Indian journal of veterinary science and animal husbandry - Volume 6,
Year: 1936
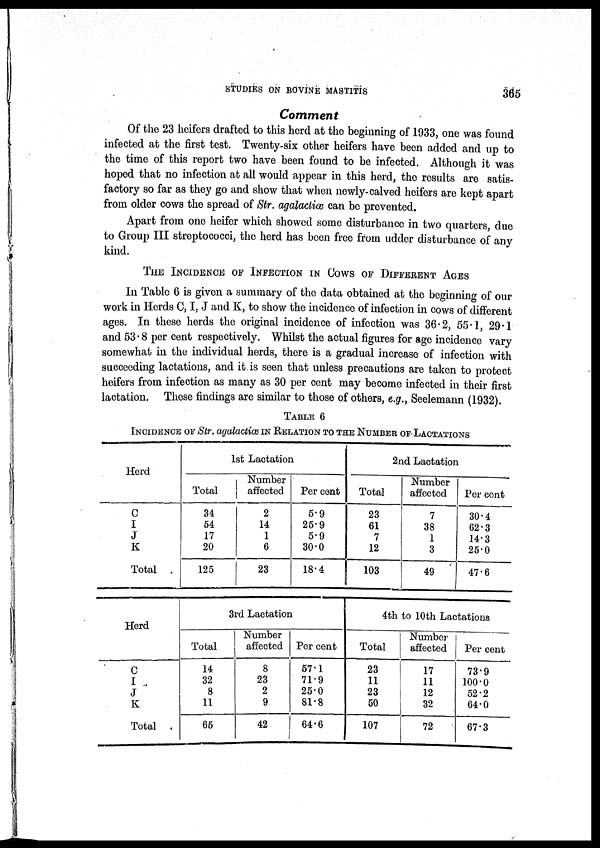
STUDIES ON BOVINE MASTITIS
365
Comment
Of the 23 heifers drafted to this herd at the beginning of 1933, one was found
infected at the first test. Twenty-six other heifers have been added and up to
the time of this report two have been found to be infected. Although it was
hoped that no infection at all would appear in this herd, the results are satis-
factory so far as they go and show that when newly-calved heifers are kept apart
from older cows the spread of Str. agalactiæ can be prevented.
Apart from one heifer which showed some disturbance in two quarters, due
to Group III streptococci, the herd has been free from udder disturbance of any
kind.
THE INCIDENCE OF INFECTION IN COWS OF DIFFERENT AGES
In Table 6 is given a summary of the data obtained at the beginning of our
work in Herds C, I, J and K, to show the incidence of infection in cows of different
ages. In these herds the original incidence of infection was 36.2, 55.1, 29.1
and 53.8 per cent respectively. Whilst the actual figures for age incidence vary
somewhat in the individual herds, there is a gradual increase of infection with
succeeding lactations, and it is seen that unless precautions are taken to protect
heifers from infection as many as 30 per cent may become infected in their first
lactation. These findings are similar to those of others, e.g., Seelemann (1932).
TABLE 6
INCIDENCE OF Str. agalactiæ IN RELATION TO THE NUMBER OF LACTATIONS
Herd
C
I
J
K
Total
1st Lactation
Total
34
54
17
20
125
Number
affected
2
14
1
6
23
Per cent
5.9
25.9
5.9
30.0
18.4
2nd Lactation
Total
23
61
7
12
103
Number
affected
7
38
1
3
49
Per cent
30.4
62.3
14.3
25.0
47.6
Herd
C
I
J
K
Total
3rd Lactation
Total
14
32
8
11
65
Number
affected
8
23
2
9
42
Per cent
57.1
71.9
25.0
81.8
64.6
4th to 10th Lactations
Total
23
11
23
50
107
Number
affected
17
11
12
32
72
Per cent
73.9
100.0
52.2
64.0
67.3